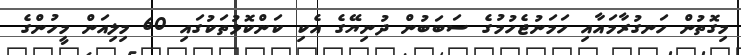
މިގޮތުން ހަނގުރާމައާއި ހަމަނުޖެހުމުގެ ސަބަބުން ދުނިޔޭގެ އެކި ކަންކޮޅުތަކުގައި 60 މިލިއަން މީހުންގެ